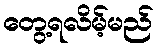
တွေ့ရလိမ့်မည်